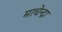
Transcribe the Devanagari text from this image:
माचेन्द्रा